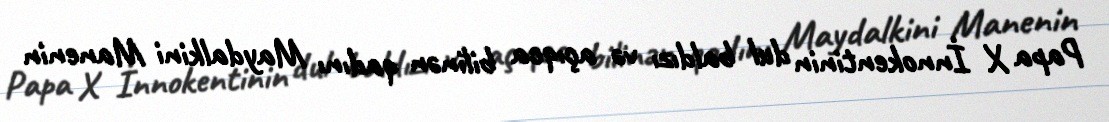
Papa X İnnokentinin dul baldızı və açıqca bilinən qadını Maydalkini Manenin